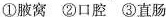
①腋窝 ②口腔 ③直肠